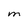
Character: M